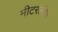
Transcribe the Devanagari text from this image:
मीटरलंबा